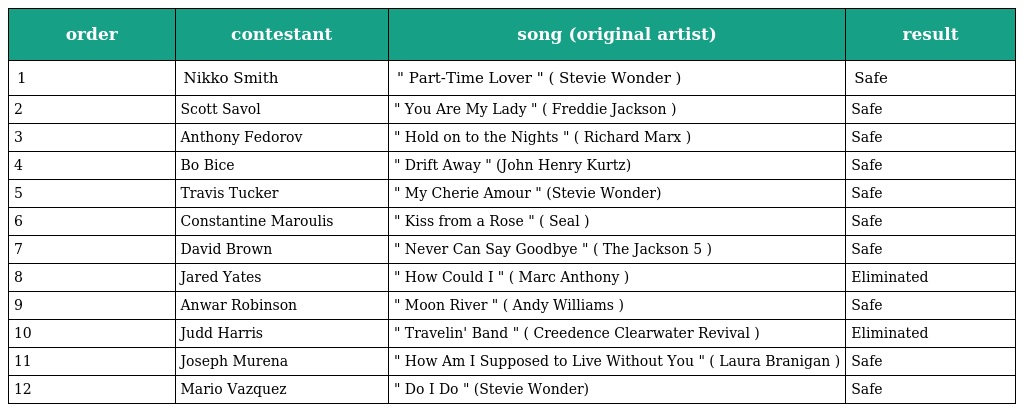
| order | contestant | song (original artist) | result |
 | --- | --- | --- | --- |
 | 1 | Nikko Smith | " Part-Time Lover " ( Stevie Wonder ) | Safe |
 | 2 | Scott Savol | " You Are My Lady " ( Freddie Jackson ) | Safe |
 | 3 | Anthony Fedorov | " Hold on to the Nights " ( Richard Marx ) | Safe |
 | 4 | Bo Bice | " Drift Away " (John Henry Kurtz) | Safe |
 | 5 | Travis Tucker | " My Cherie Amour " (Stevie Wonder) | Safe |
 | 6 | Constantine Maroulis | " Kiss from a Rose " ( Seal ) | Safe |
 | 7 | David Brown | " Never Can Say Goodbye " ( The Jackson 5 ) | Safe |
 | 8 | Jared Yates | " How Could I " ( Marc Anthony ) | Eliminated |
 | 9 | Anwar Robinson | " Moon River " ( Andy Williams ) | Safe |
 | 10 | Judd Harris | " Travelin' Band " ( Creedence Clearwater Revival ) | Eliminated |
 | 11 | Joseph Murena | " How Am I Supposed to Live Without You " ( Laura Branigan ) | Safe |
 | 12 | Mario Vazquez | " Do I Do " (Stevie Wonder) | Safe |